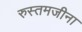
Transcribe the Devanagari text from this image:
रुस्तमजीना